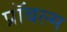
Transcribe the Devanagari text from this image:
प्रॉबल्म